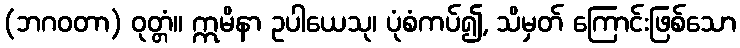
(ဘဂဝတာ) ဝုတ္တံ။ ဣမိနာ ဥပါယေသု၊ ပုံစံကပ်၍, သိမှတ် ကြောင်းဖြစ်သော